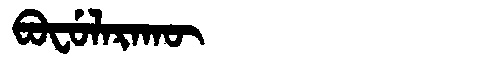
Manchu: ᠪᠣᠸᡠᠯᠠᡵᠠᡴᡡ
Romanization: BOFULARAKŪ